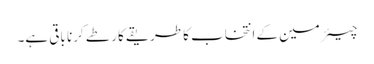
چیئرمین کے انتخاب کا طریقے کار طے کرنا باقی ہے۔